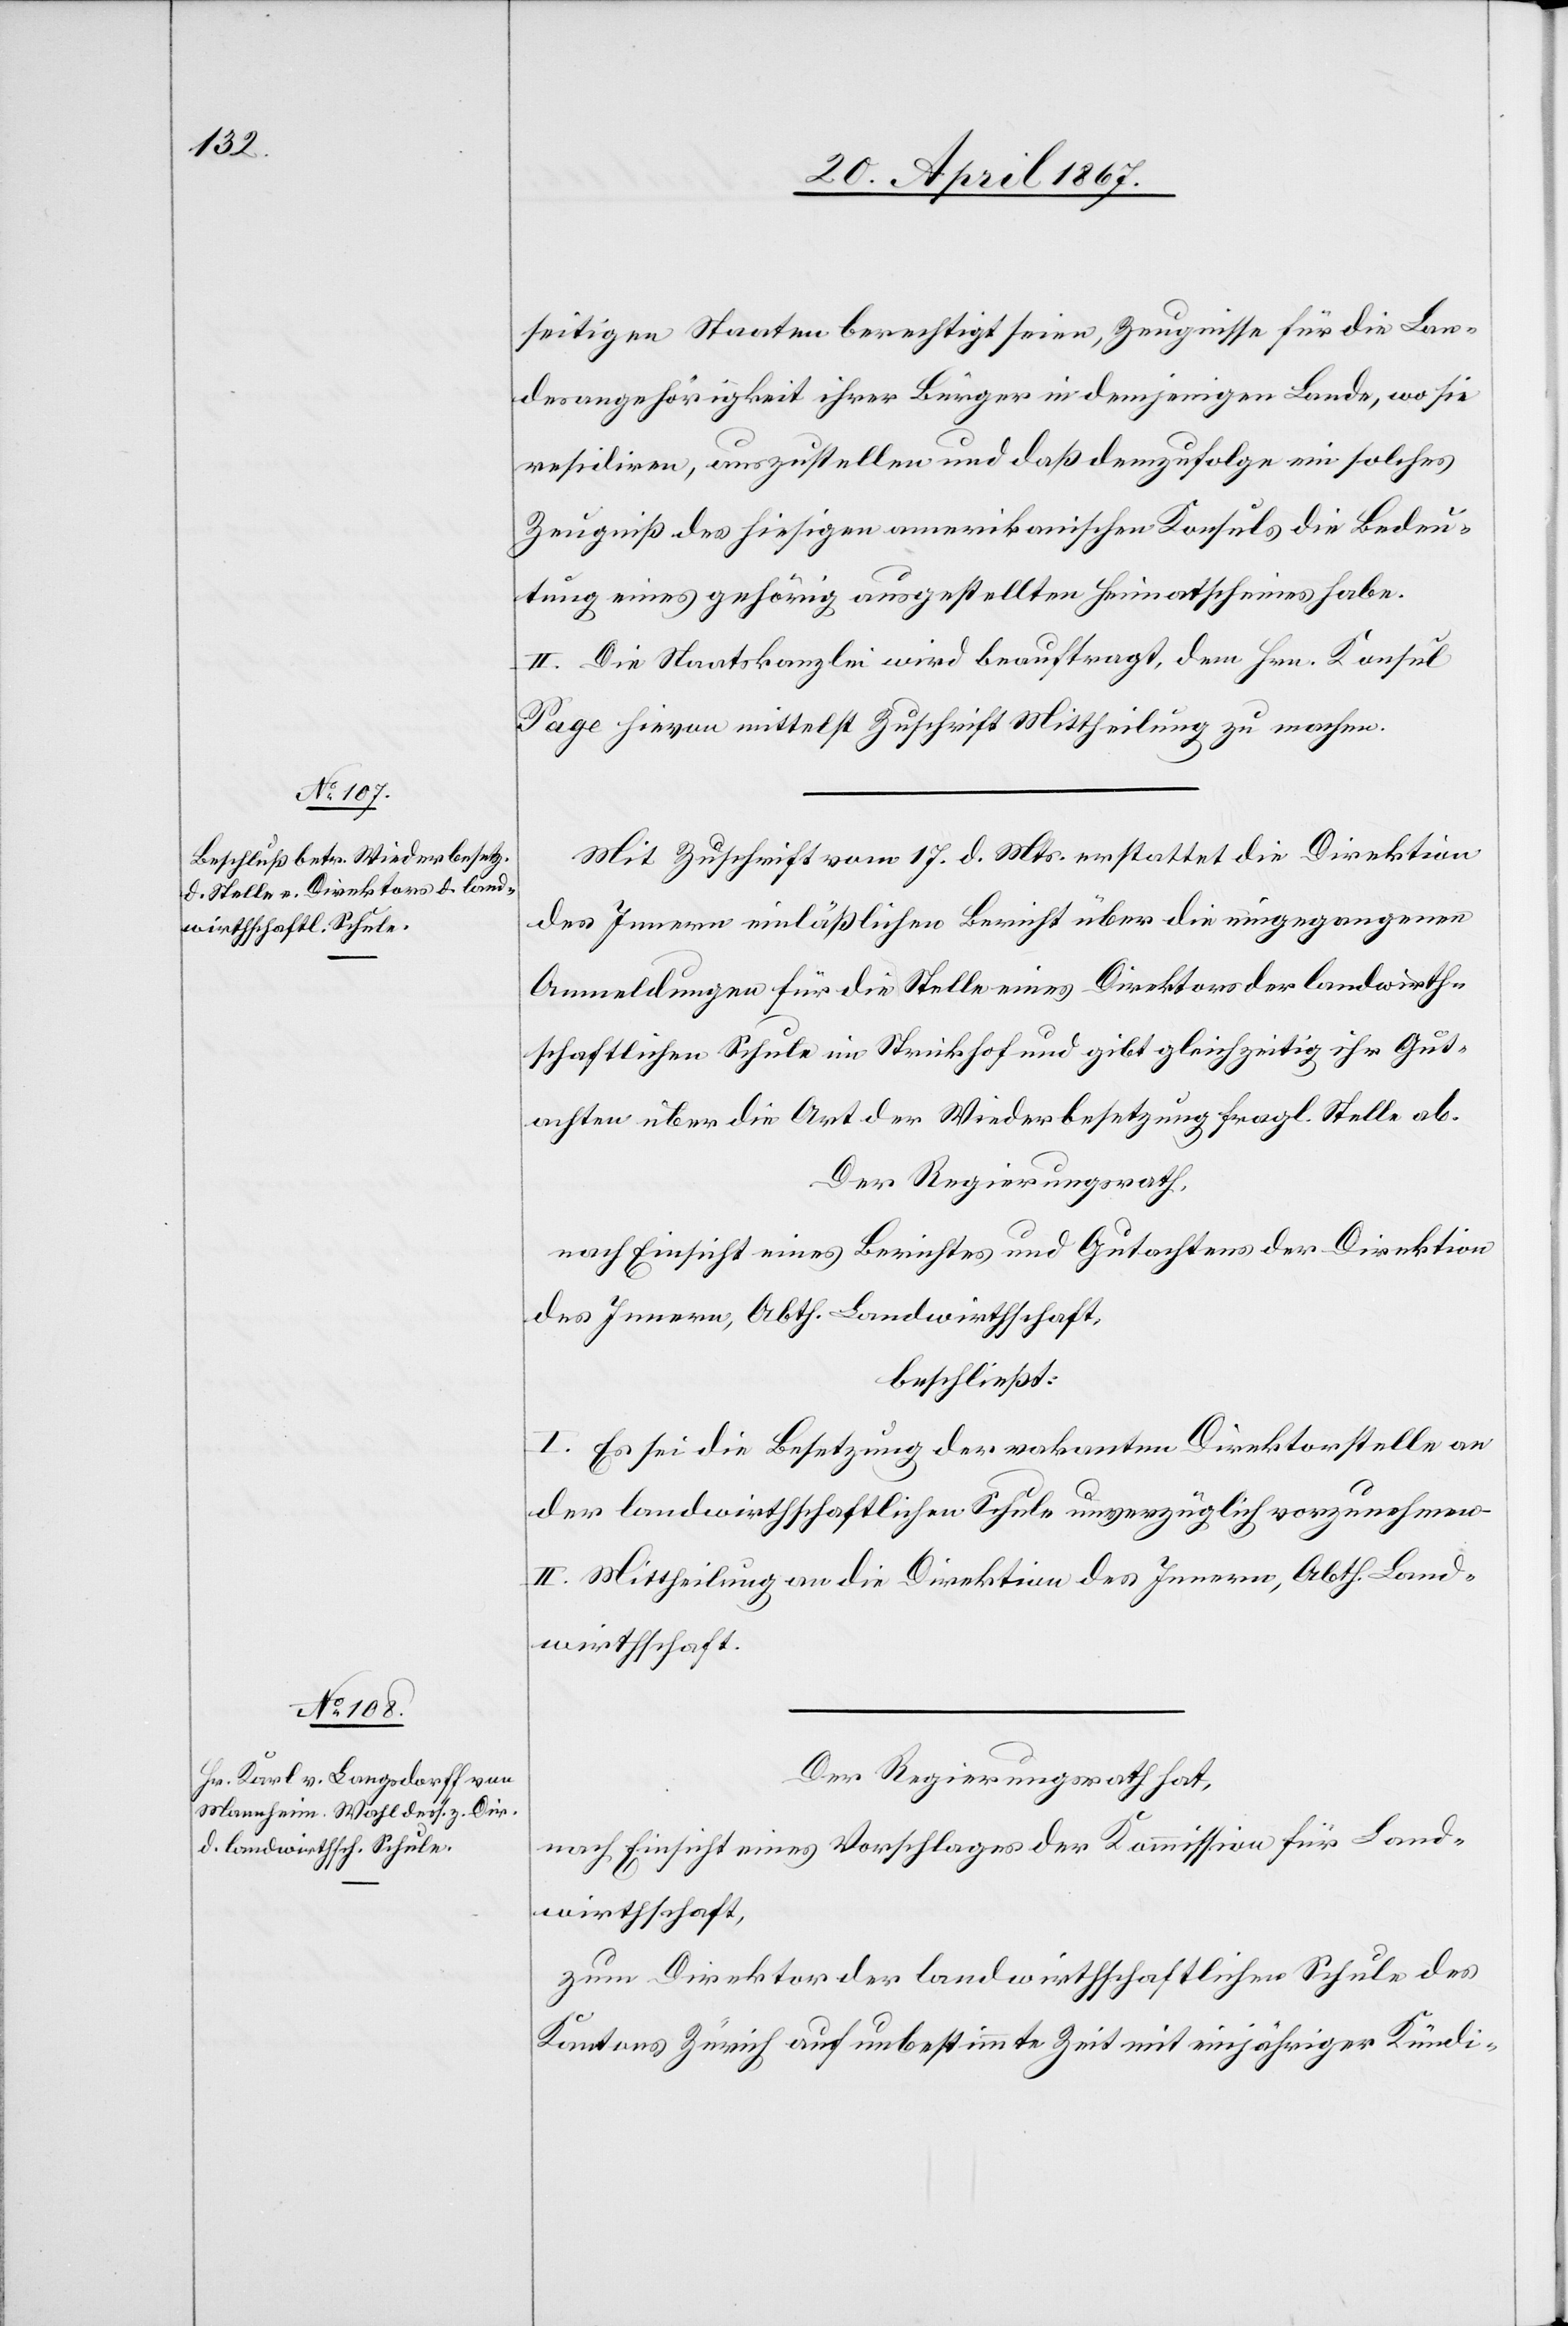
seitigen Staaten berechtigt seien, Zeugnisse für die Lan¬
desangehörigkeit ihrer Bürger in demjenigen Lande, wo sie
residirten, auszustellen und daß demzufolge ein solches
Zeugniß des hiesigen amerikanischen Konsuls die Bedeu¬
tung eines gehörig ausgestellten Heimathscheines habe.
II. Die Staatskanzlei wird beauftragt, dem Hrn. Konsul
Page hievon mittelst Zuschrift Mittheilung zu machen.
Mit Zuschrift vom 17. d. Mts. erstattet die Direktion
des Innern einläßlich Bericht über die eingegangenen
Anmeldungen für die Stelle eines Direktors der landwirth¬
schaftlichen Schule im Strickhof und gibt gleichzeitig ihr Gut¬
achten über die Art der Wiederbesetzung fragl. Stelle ab.
Der Regierungsrath,
nach Einsicht eines Berichtes und Gutachtens der Direktion
des Innern, Abth. Landwirthschaft,
beschließt:
I. Es sei die Besetzung der vakanten Direktorstelle an
der landwirthschaftlichen Schule unverzüglich vorzunehmen.
II. Mittheilung an die Direktion des Innern, Abth. Land¬
wirthschaft.
Der Regierungsrath hat,
nach Einsicht eines Vorschlages der Kommission für Land¬
wirthschaft,
zum Direktor der landwirthschaftlichen Schule des
Kantons Zürich auf unbestimmte Zeit mit einjähriger Kündi-